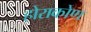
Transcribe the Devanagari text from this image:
होराकोण